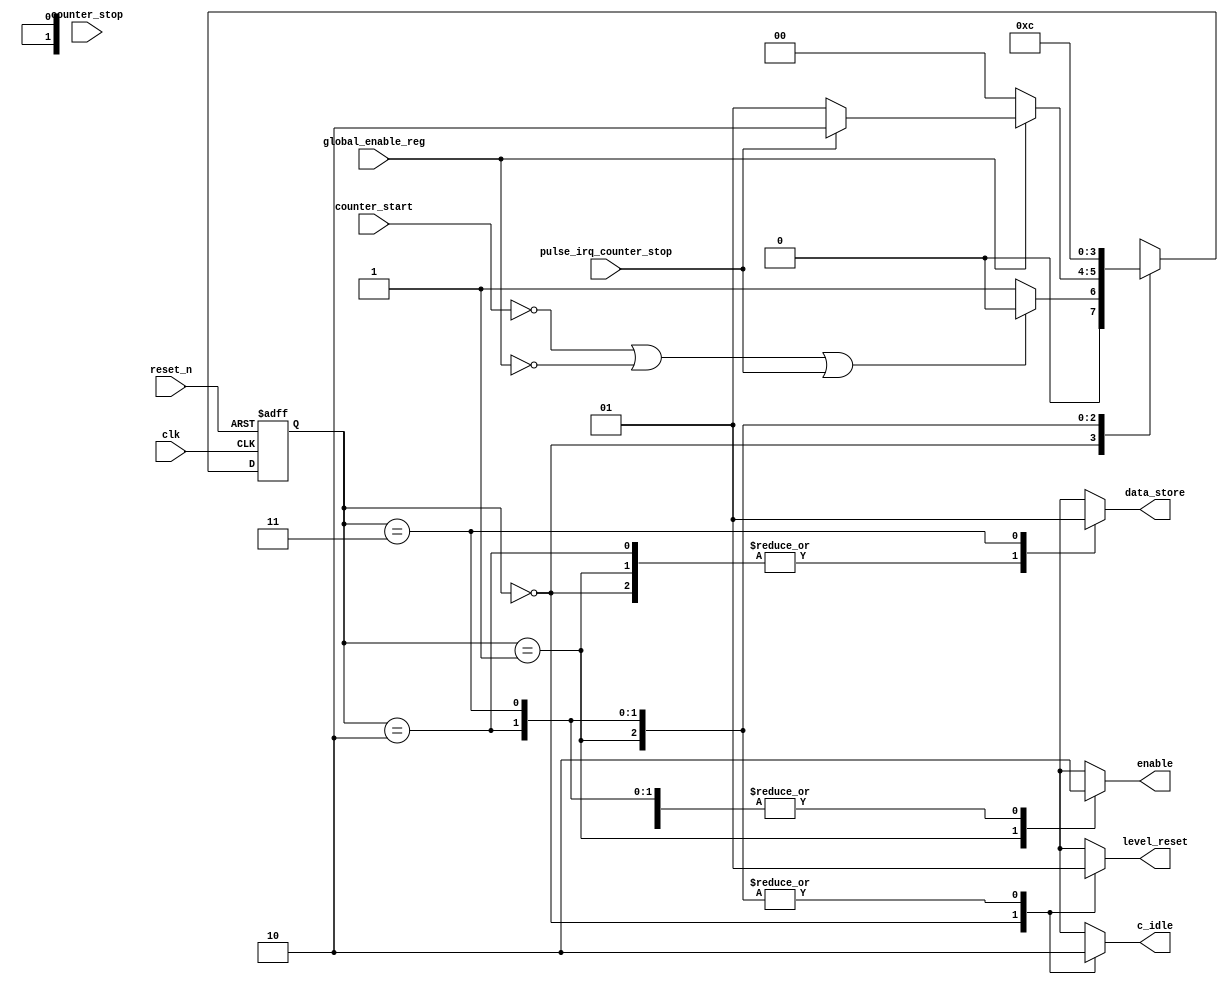
// (C) 2001-2018 Intel Corporation. All rights reserved.
// Your use of Intel Corporation's design tools, logic functions and other 
// software and tools, and its AMPP partner logic functions, and any output 
// files from any of the foregoing (including device programming or simulation 
// files), and any associated documentation or information are expressly subject 
// to the terms and conditions of the Intel Program License Subscription 
// Agreement, Intel FPGA IP License Agreement, or other applicable 
// license agreement, including, without limitation, that your use is for the 
// sole purpose of programming logic devices manufactured by Intel and sold by 
// Intel or its authorized distributors.  Please refer to the applicable 
// agreement for further details.


// synthesis translate_off

`timescale 1ns / 1ps

// synthesis translate_on



module state_machine_counter #(

parameter INTR_TYPE = 1'b1

)(

   clk,

	reset_n,

	pulse_irq_counter_stop,

	global_enable_reg,

	counter_start,

	counter_stop,

	enable,

	c_idle,

	level_reset,

	data_store

);



input wire clk;

input wire reset_n;

input wire pulse_irq_counter_stop;

input wire global_enable_reg;

input wire counter_start;

input wire counter_stop;



output reg enable;

output reg level_reset;

output reg data_store;

output reg c_idle;



reg [1:0] state ;

reg [1:0] next_state ;



localparam IDLE  =2'b00;

localparam START =2'b01;

localparam STOP  =2'b10;

localparam STORE =2'b11;



//State machine Sequential logic 



always @ (posedge clk or negedge reset_n)

begin

       if (!reset_n) state <= IDLE;

       else          state<= next_state;

end





//State Machine Transitional conditions



always @(state or counter_start or counter_stop or pulse_irq_counter_stop or global_enable_reg) 

      begin

           case (state)

               IDLE: if (counter_start==1'b0 || global_enable_reg == 1'b0 || pulse_irq_counter_stop==1'b1) begin

					           next_state = IDLE;  // active low reset signal	

                       end else begin                         

							     next_state = START;

							  end

               START: if (global_enable_reg == 1'b0) begin

							     next_state = IDLE;

                            end 

					   else if ((INTR_TYPE == 0 & counter_stop==1'b1) |(INTR_TYPE == 1 & pulse_irq_counter_stop==1'b1))

					        begin

							     next_state = STOP;

					    	end

					   else

					       begin

						        next_state = START;

						   end

               STOP: begin

				  	           next_state = STORE;

							  end  

               STORE: begin

					           next_state = IDLE;

							  end

              default:next_state = IDLE; 

     endcase

end





//combo logic function to control counter



always @ (state) begin

        case (state)

          IDLE: begin

		           enable = 1'b0;

					  level_reset = 1'b0;

		 			  data_store = 1'b0;

					  c_idle = 1'b1;

		        end

          START: begin

		           enable = 1'b1;

					  level_reset = 1'b1;

					  data_store = 1'b0;

					  c_idle = 1'b0;

		        end 

          STOP: begin

		           enable = 1'b0;

					  level_reset = 1'b1;

					  data_store = 1'b0;

					  c_idle = 1'b0;

		        end 

          STORE: begin

		           enable = 1'b0;

					  level_reset = 1'b1;

					  data_store = 1'b1;

					  c_idle = 1'b0;

		        end

        endcase

end



endmodule